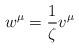
LaTeX: \begin{align*}w^\mu = \frac{1}{\zeta}v^\mu \end{align*}